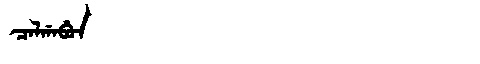
Manchu: ᠴᠠᠯᡤᠠᠪᡠᠨ
Romanization: CALGABUN